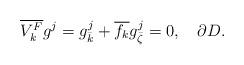
LaTeX: \begin{align*} \overline{V_k^F} g^j=g^j_{\bar k}+\overline{f_k}g^j_{\bar \zeta}=0, \ \ \ \partial D.\end{align*}